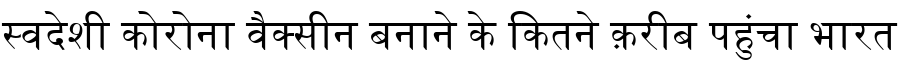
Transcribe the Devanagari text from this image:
स्वदेशी कोरोना वैक्सीन बनाने के कितने क़रीब पहुंचा भारत